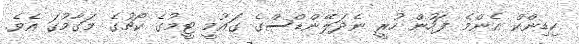
ހިޑިންކް އެންމެ ފަހުން ހުރީ ނެދަލޭންޑްސްގެ ގައުމީ ޓީމުގެ ކޯޗުގެ މަގާމުގަ އެވެ.